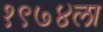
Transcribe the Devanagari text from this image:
१९७४ला